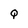
Character: Q